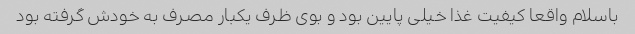
باسلام واقعا کیفیت غذا خیلی پایین بود و بوی ظرف یکبار مصرف به خودش گرفته بود